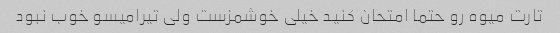
تارت میوه رو حتما امتحان کنید خیلی خوشمزست ولی تیرامیسو خوب نبود